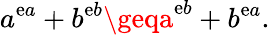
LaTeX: a^{\mathrm{e}a}+b^{\mathrm{e}b}\geqa^{\mathrm{e}b}+b^{\mathrm{e}a}.